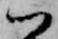
ハ